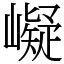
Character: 㠜